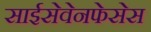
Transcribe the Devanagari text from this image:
साईसेवेनफेसेस